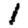
Digit: 1